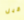
قبل